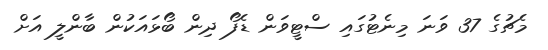
މެޗުގެ 37 ވަނަ މިނެޓުގައި ސްޓީވަން ޑެފޯ ދިން ބޯޅައަކުން ބާންލީ އަށް